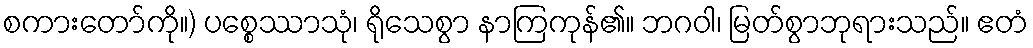
စကားတော်ကို။) ပစ္စေဿာသုံ၊ ရိုသေစွာ နာကြကုန်၏။ ဘဂဝါ၊ မြတ်စွာဘုရားသည်။ ဧတံ